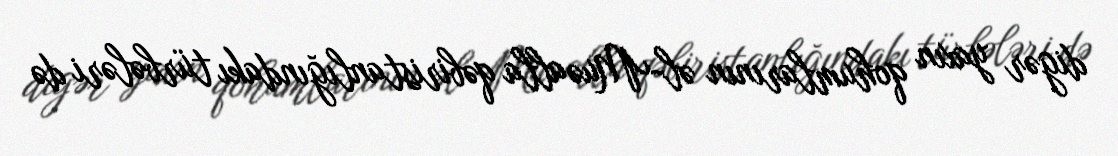
digər yaxın qohumlarının əl-Muəalla qəbiristanlığındakı türbələri də